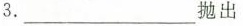
3.___抛出